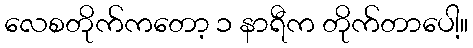
လေစတိုက်ကတော့ ၁ နာရီက တိုက်တာပေါ့။